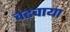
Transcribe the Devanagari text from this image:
चढ़वाया